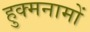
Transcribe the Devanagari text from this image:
हुक्मनामों